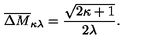
\overline { { \Delta M } } _ { \kappa \lambda } = \frac { \sqrt { 2 \kappa + 1 } } { 2 \lambda } .